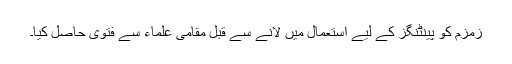
زمزم کو پینٹنگز کے لیے استعمال میں لانے سے قبل مقامی علماء سے فتویٰ حاصل کیا۔